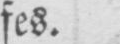
fes.